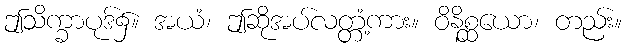
ဤသိက္ခာပုဒ်၌။ အယံ၊ ဤဆိုအပ်လတ္တံ့ကား။ ဝိနိစ္ဆယော၊ တည်း။